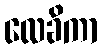
လေခိကာ